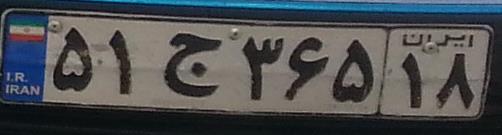
۵۱ج۳۶۵۱۸